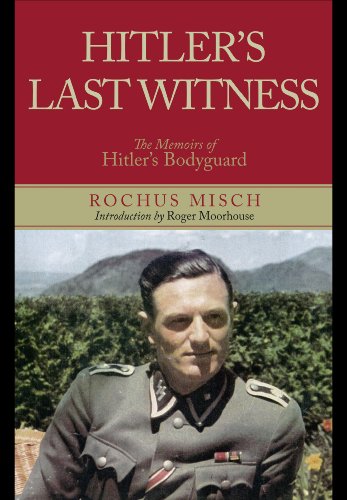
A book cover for Hitler's Last Witness: The Memoirs of Hitler's Bodyguard; Rochus Misch; Biographies & Memoirs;